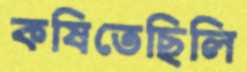
কষিতেছিলি